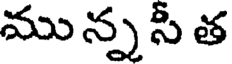
ము న్న సీ త